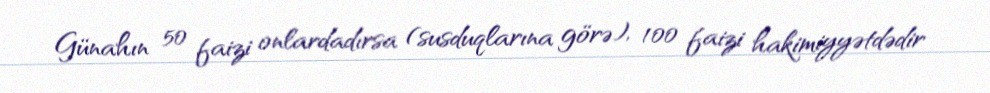
Günahın 50 faizi onlardadırsa (susduqlarına görə), 100 faizi hakimiyyətdədir